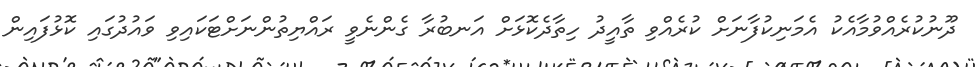
ދޫނުކުރެއްވުމާއެކު އެމަނިކުފާނަށް ކުރެއްވި ތާއީދު ހިތާދެކޮޅަށް އަނބުރާ ގެންނެވީ ރައްޔިތުންނަށްޓަކައިވި ވައުދުގައި ކޮޅުފައިން